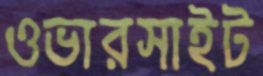
ওভারসাইট